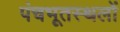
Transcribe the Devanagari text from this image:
पंचभूतस्थलों